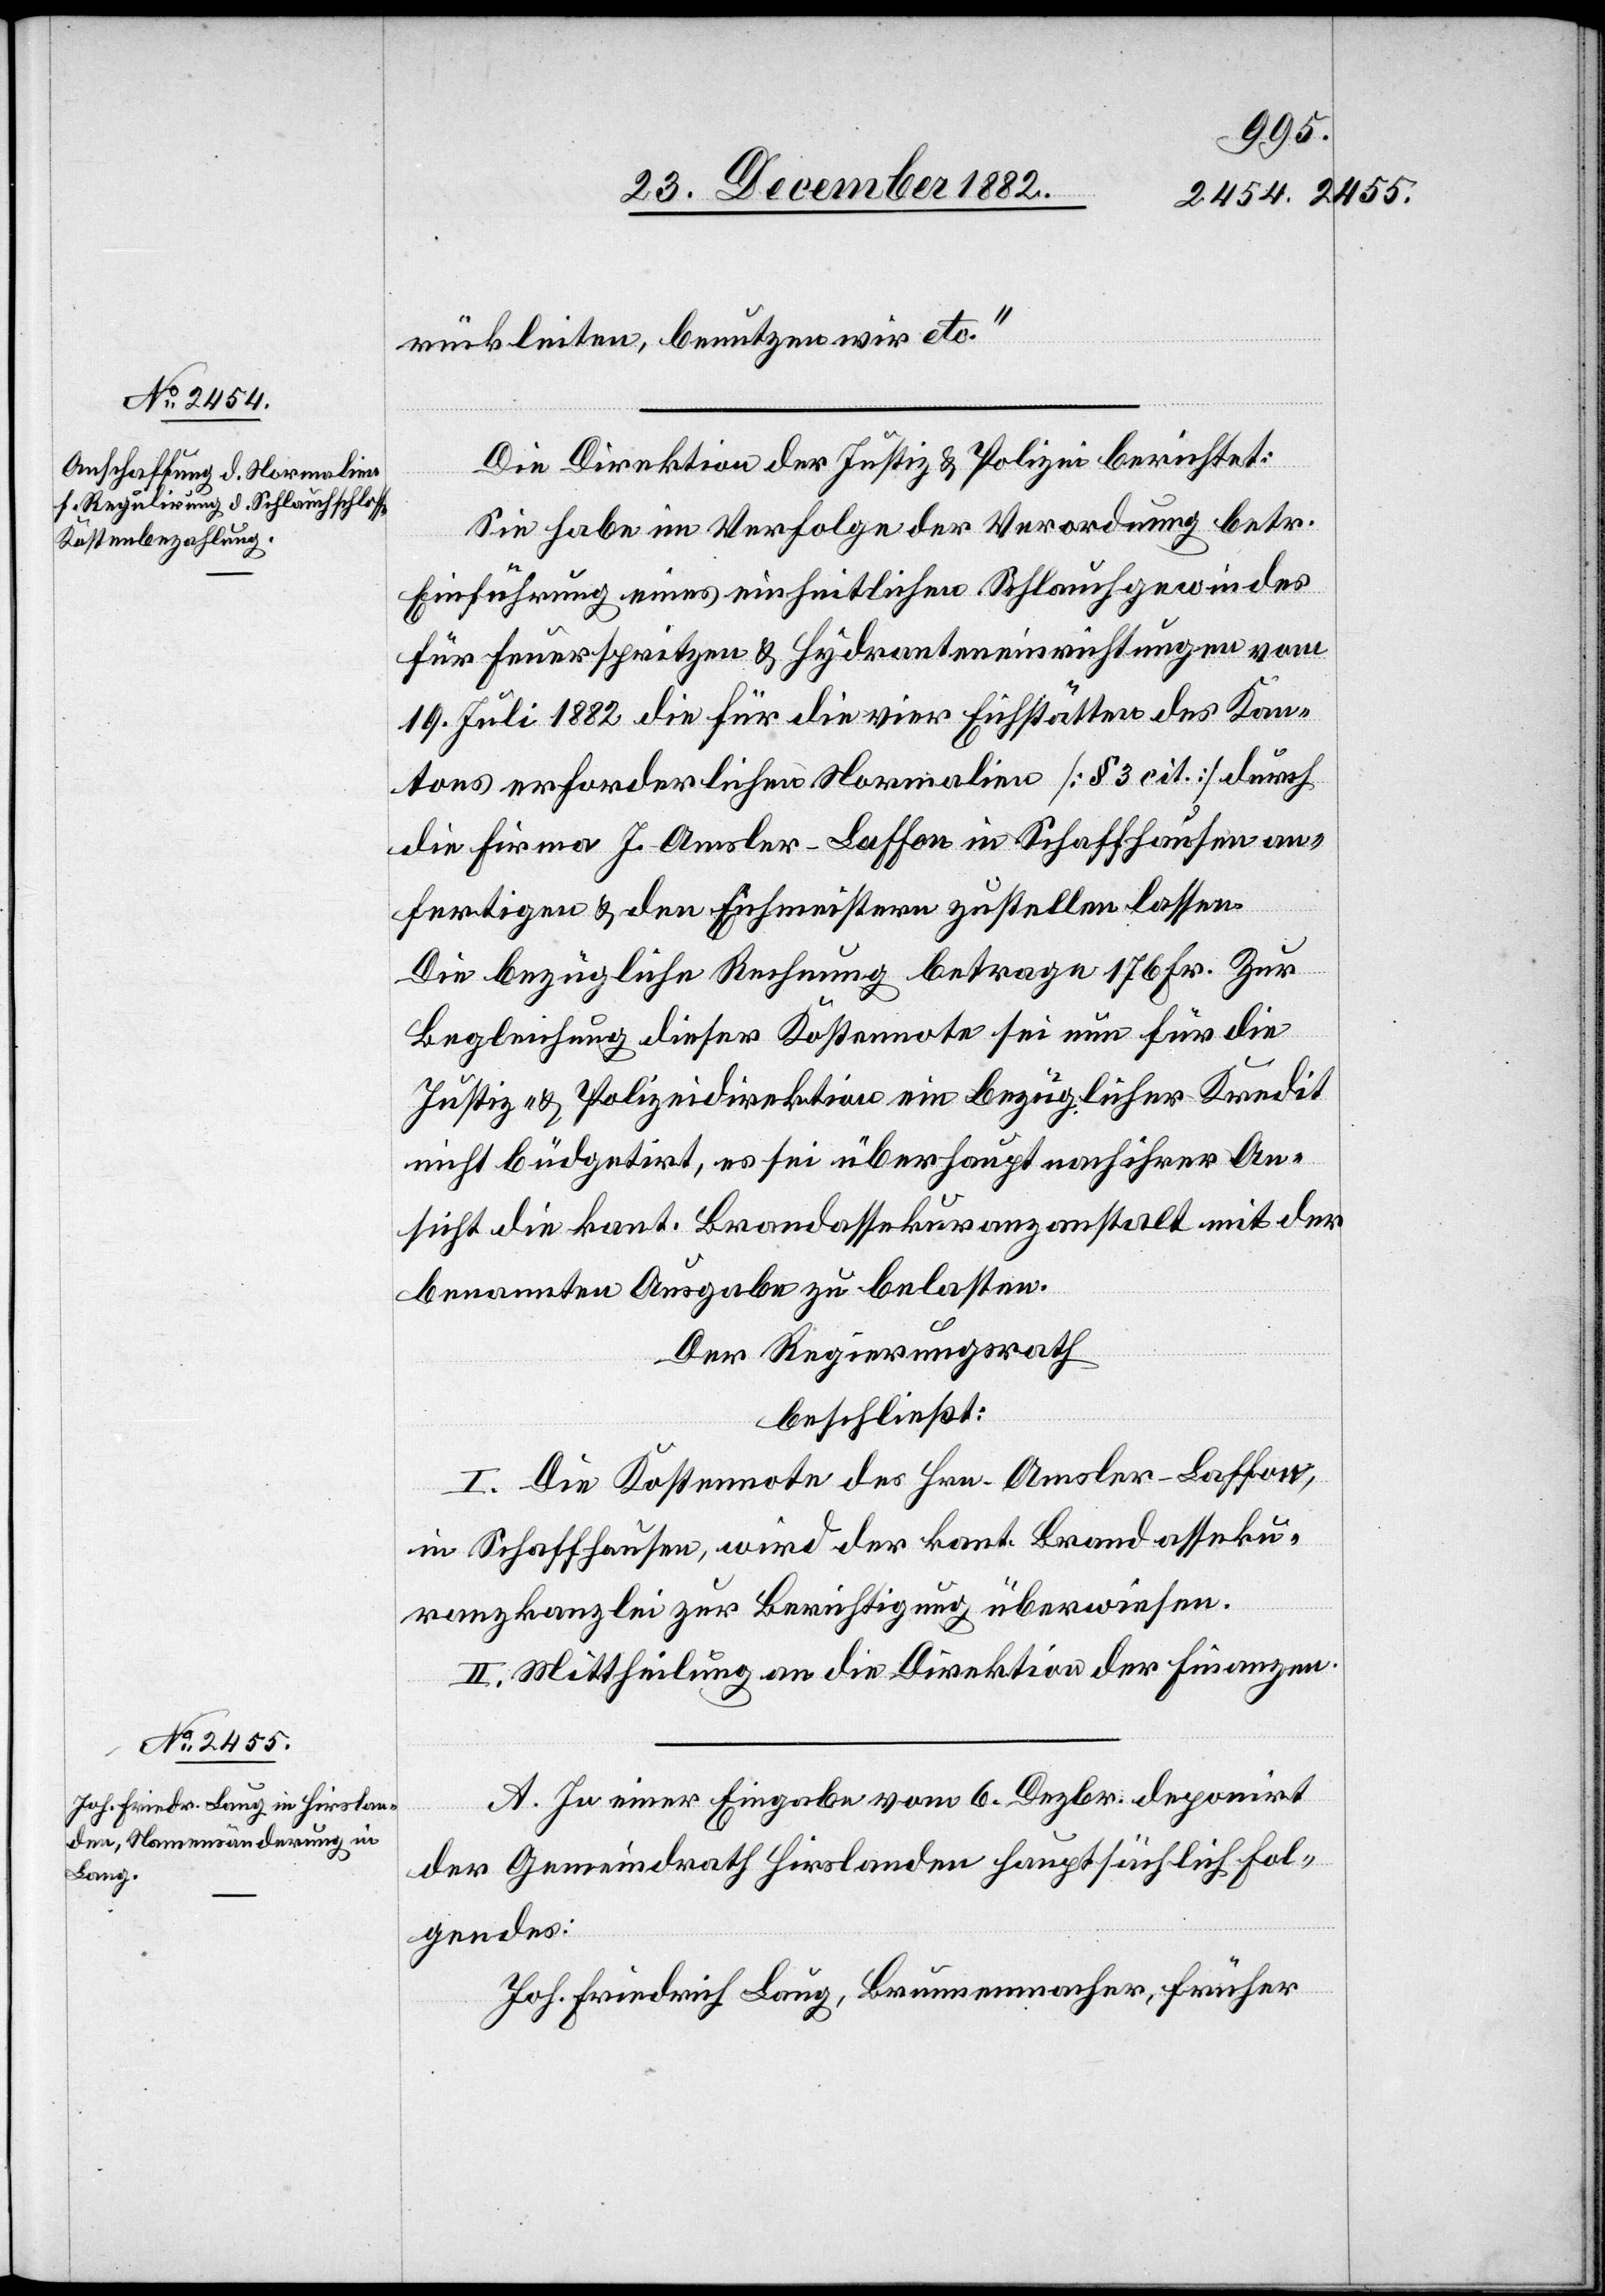
rückleiten, benutzen wir etc.“
Die Direktion der Justiz & Polizei berichtet:
Sie habe im Verfolge der Verordnung betr.
Einführung eines einheitlichen Schlauchgewindes
für Feuerspritzen & Hydranteneinrichtungen vom
19. Juli 1882 die für die vier Eichstätten des Kan¬
tons erforderlichen Normalien [§ 3 cit.] durch
die Firma J. Amsler-Laffon in Schaffhausen an¬
fertigen & den Eichmeistern zustellen lassen.
Die bezügliche Rechnung betrage 176 Fr. Zur
Begleichung dieser Kostennote sei nun für die
Justiz- & Polizeidirektion ein bezüglicher Kredit
nicht büdgetirt, es sei überhaupt nach ihrer An¬
sicht die kant. Brandassekuranzanstalt mit der
benannten Ausgabe zu belasten.
Der Regierungsrath
beschließt:
I. Die Kostennote des Hrn. Amsler-Laffon,
in Schaffhausen, wird der kant. Brandasseku¬
ranzkanzlei zur Berichtigung überwiesen.
II. Mittheilung an die Direktion der Finanzen.
A. In einer Eingabe vom 6. Dezbr. deponirt
der Gemeindrath Hirslanden hauptsächlich Fol¬
gendes:
Joh. Friedrich Laug, Brunnenmacher, früher